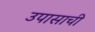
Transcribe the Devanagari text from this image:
उपासाची